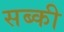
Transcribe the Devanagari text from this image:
सब्की